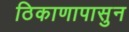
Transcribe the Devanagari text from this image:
ठिकाणापासुन